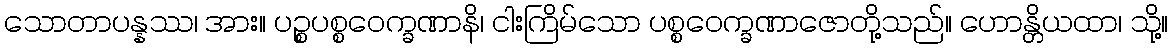
သောတာပန္နဿ၊ အား။ ပဉ္စပစ္စဝေက္ခဏာနိ၊ ငါးကြိမ်သော ပစ္စဝေက္ခဏာဇောတို့သည်။ ဟောန္တိယထာ၊ သို့။